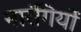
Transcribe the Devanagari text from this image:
नारंगियों